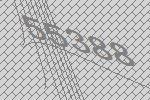
55388